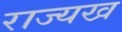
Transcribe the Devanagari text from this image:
राज्यख